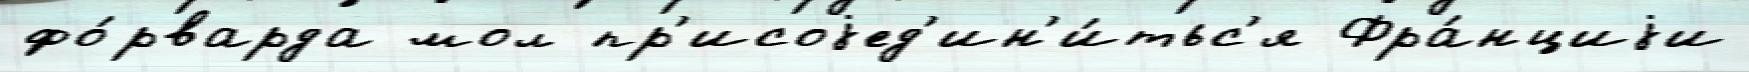
фо́рварда мол пр'исоjед'ин'и́тьс'я Фра́нциjи